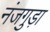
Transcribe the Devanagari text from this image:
नंजगुड़ा